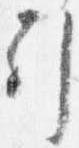
引